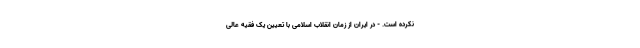
نکرده است. - در ایران از زمان انقلاب اسلامی با تعیین یک فقیه عالی